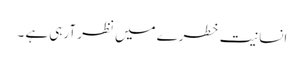
انسانیت خطرے میں نظر آرہی ہے ۔